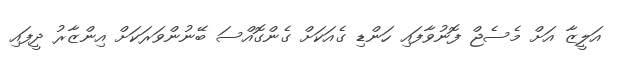
އަލީޒާ އަށް މެސެޖް ފޮނުވާފައި ހަންޑި ގެއަކަށް ގެންގޮއްސަ ބޭނުންވަރަކަށް އިންޒާރު ދީފައި